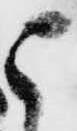
被